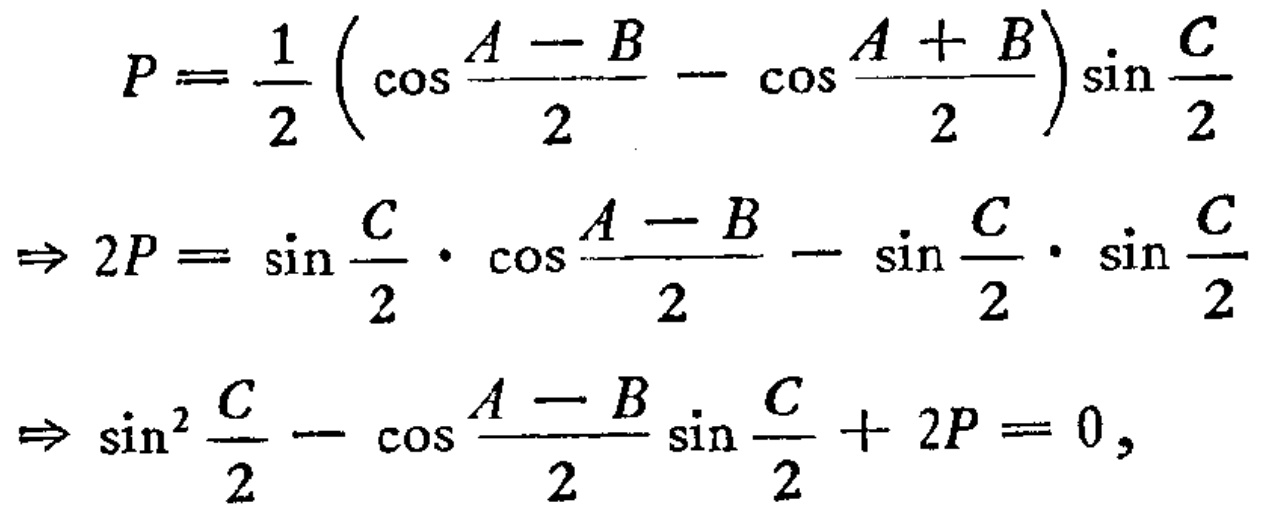
\[

\begin{align*}

P&=\frac{1}{2}\left(\cos\frac{A - B}{2}-\cos\frac{A + B}{2}\right)\sin\frac{C}{2}\\

\Rightarrow 2P&=\sin\frac{C}{2}\cdot\cos\frac{A - B}{2}-\sin\frac{C}{2}\cdot\sin\frac{C}{2}\\

\Rightarrow \sin^{2}\frac{C}{2}-\cos\frac{A - B}{2}\sin\frac{C}{2}+ 2P&=0,

\end{align*}

\]